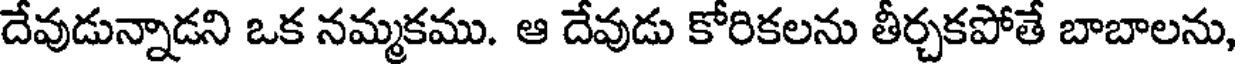
దేవుడున్నాడని ఒక నమ్మకము. ఆ దేవుడు కోరికలను తీర్చకపోతే బాబాలను,